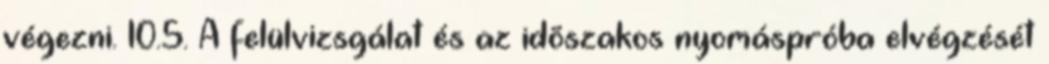
végezni. 10.5. A felülvizsgálat és az idõszakos nyomáspróba elvégzését